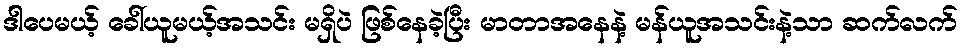
ဒါပေမယ့် ခေါ်ယူမယ့်အသင်း မရှိပဲ ဖြစ်နေခဲ့ပြီး မာတာအနေနဲ့ မန်ယူအသင်းနဲ့သာ ဆက်လက်